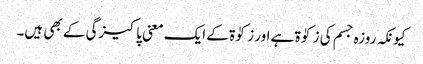
کیونکہ روزہ جسم کی زکوٰۃ ہے اور زکوٰۃ کے ایک معنی پاکیزگی کے بھی ہیں۔